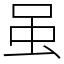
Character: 虽